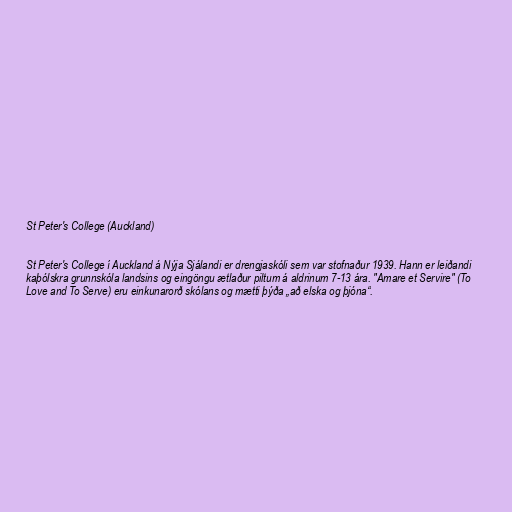
St Peter's College (Auckland)

St Peter's College í Auckland á Nýja Sjálandi er drengjaskóli sem var stofnaður 1939. Hann er leiðandi
kaþólskra grunnskóla landsins og eingöngu ætlaður piltum á aldrinum 7-13 ára. "Amare et Servire" (To
Love and To Serve) eru einkunarorð skólans og mætti þýða „að elska og þjóna“.